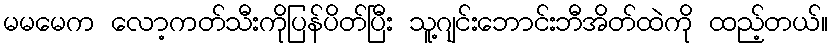
မမမေက လော့ကတ်သီးကိုပြန်ပိတ်ပြီး သူ့ဂျင်းဘောင်းဘီအိတ်ထဲကို ထည့်တယ်။